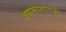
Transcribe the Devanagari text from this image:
श्यामाशास्त्री